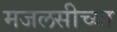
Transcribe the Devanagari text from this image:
मजलसीच्या